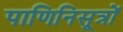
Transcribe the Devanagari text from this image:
पाणिनिसूत्रों